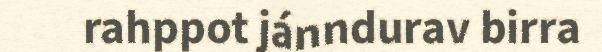
rahppot jánndurav birra